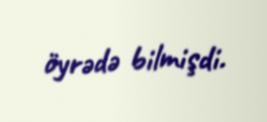
öyrədə bilmişdi.